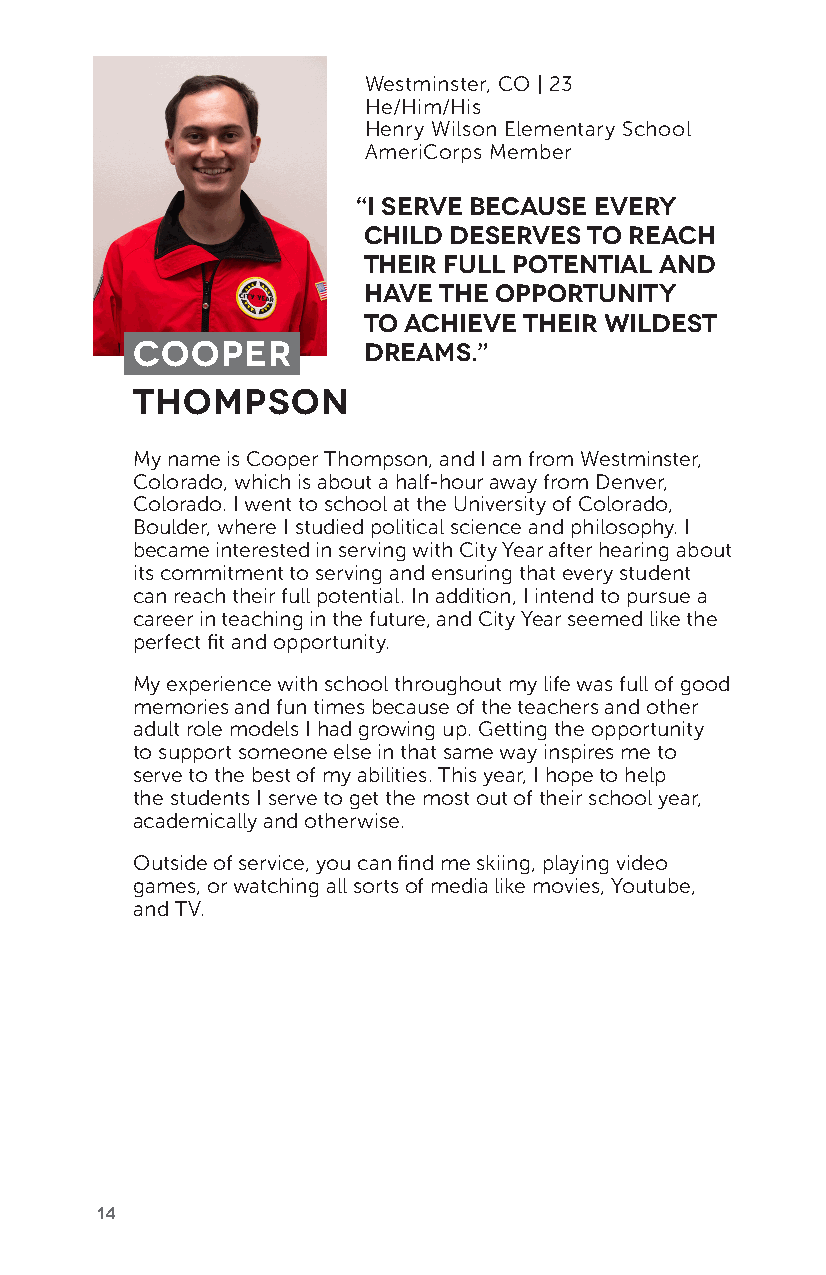
Westminster, CO | 23
 He/Him/His
 Henry Wilson Elementary School
 AmeriCorps Member
 “I serve because every
 child deserves to reach
 their full potential and
 have the opportunity
 to achieve their wildest
 Cooper         dreams.”
 Thompson
 My name is Cooper Thompson, and I am from Westminster,
 Colorado, which is about a half-hour away from Denver,
 Colorado. I went to school at the University of Colorado,
 Boulder, where I studied political science and philosophy. I
 became interested in serving with City Year after hearing about
 its commitment to serving and ensuring that every student
 can reach their full potential. In addition, I intend to pursue a
 career in teaching in the future, and City Year seemed like the
 perfect fit and opportunity.
 My experience with school throughout my life was full of good
 memories and fun times because of the teachers and other
 adult role models I had growing up. Getting the opportunity
 to support someone else in that same way inspires me to
 serve to the best of my abilities. This year, I hope to help
 the students I serve to get the most out of their school year,
 academically and otherwise.
 Outside of service, you can find me skiing, playing video
 games, or watching all sorts of media like movies, Youtube,
 and TV.
 14